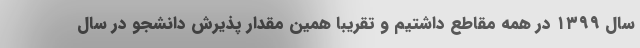
سال ۱۳۹۹ در همه مقاطع داشتیم و تقریبا همین مقدار پذیرش دانشجو در سال